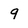
Character: 9